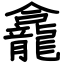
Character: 龕